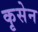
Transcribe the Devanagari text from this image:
कृसेन